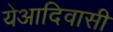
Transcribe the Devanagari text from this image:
येआदिवासी